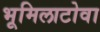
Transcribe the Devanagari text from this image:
भूमिलाटोवा